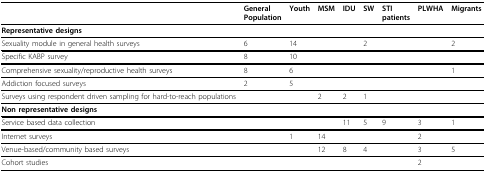
<table><thead><tr><td></td><td><b>GeneralPopulation</b></td><td><b>Youth</b></td><td><b>MSM</b></td><td><b>IDU</b></td><td><b>SW</b></td><td><b>STIpatients</b></td><td><b>PLWHA</b></td><td><b>Migrants</b></td></tr></thead><tbody><tr><td><b>Representative designs</b></td><td></td><td></td><td></td><td></td><td></td><td></td><td></td><td></td></tr><tr><td>Sexuality module in general health surveys</td><td>6</td><td>14</td><td></td><td></td><td>2</td><td></td><td></td><td>2</td></tr><tr><td>Specific KABP survey</td><td>8</td><td>10</td><td></td><td></td><td></td><td></td><td></td><td></td></tr><tr><td>Comprehensive sexuality/reproductive health surveys</td><td>8</td><td>6</td><td></td><td></td><td></td><td></td><td></td><td>1</td></tr><tr><td>Addiction focused surveys</td><td>2</td><td>5</td><td></td><td></td><td></td><td></td><td></td><td></td></tr><tr><td>Surveys using respondent driven sampling for hard-to-reach populations</td><td></td><td></td><td>2</td><td>2</td><td>1</td><td></td><td></td><td></td></tr><tr><td><b>Non representative designs</b></td><td></td><td></td><td></td><td></td><td></td><td></td><td></td><td></td></tr><tr><td>Service based data collection</td><td></td><td></td><td></td><td>11</td><td>5</td><td>9</td><td>3</td><td>1</td></tr><tr><td>Internet surveys</td><td></td><td>1</td><td>14</td><td></td><td></td><td></td><td>2</td><td></td></tr><tr><td>Venue-based/community based surveys</td><td></td><td></td><td>12</td><td>8</td><td>4</td><td></td><td>3</td><td>5</td></tr><tr><td>Cohort studies</td><td></td><td></td><td></td><td></td><td></td><td></td><td>2</td><td></td></tr></tbody></table>